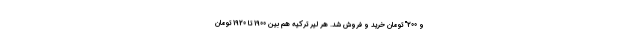
و 200" تومان خرید و فروش شد. هر لیر ترکیه هم بین 1900 تا 1920 تومان